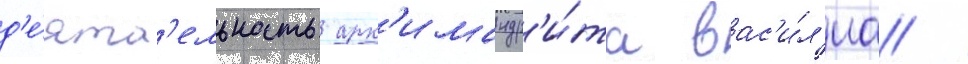
д'е́ят'ельность арх'имандр'и́та вас'и́л'иа /